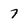
Character: 7